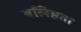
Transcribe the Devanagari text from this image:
बलिष्ठता